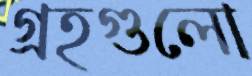
গ্রহগুলো